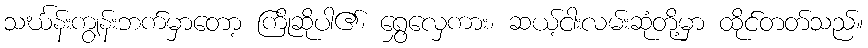
သင်္ဃန်းကျွန်းဘက်မှာတော့ ကြိုဆိုပါ၏၊ ရွှေလှေကား၊ ဆယ့်ငါးလမ်းဆုံတို့မှာ ထိုင်တတ်သည်။